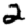
Digit: 2